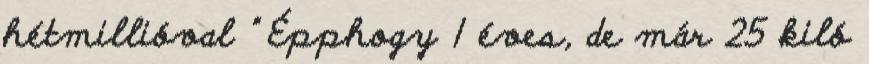
hétmillióval ” Épphogy 1 éves, de már 25 kiló